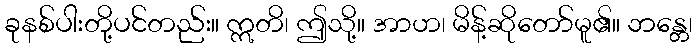
ခုနစ်ပါးတို့ပင်တည်း။ ဣတိ၊ ဤသို့။ အာဟ၊ မိန့်ဆိုတော်မူ၏။ ဘန္တေ၊